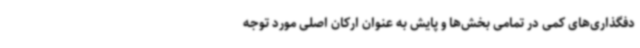
دفگذاری‌های کمی در تمامی بخش‌ها و پایش به عنوان ارکان اصلی مورد توجه